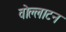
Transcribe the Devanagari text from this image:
वोल्लाटन